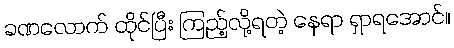
ခဏလောက် ထိုင်ပြီး ကြည့်လို့ရတဲ့ နေရာ ရှာရအောင်။